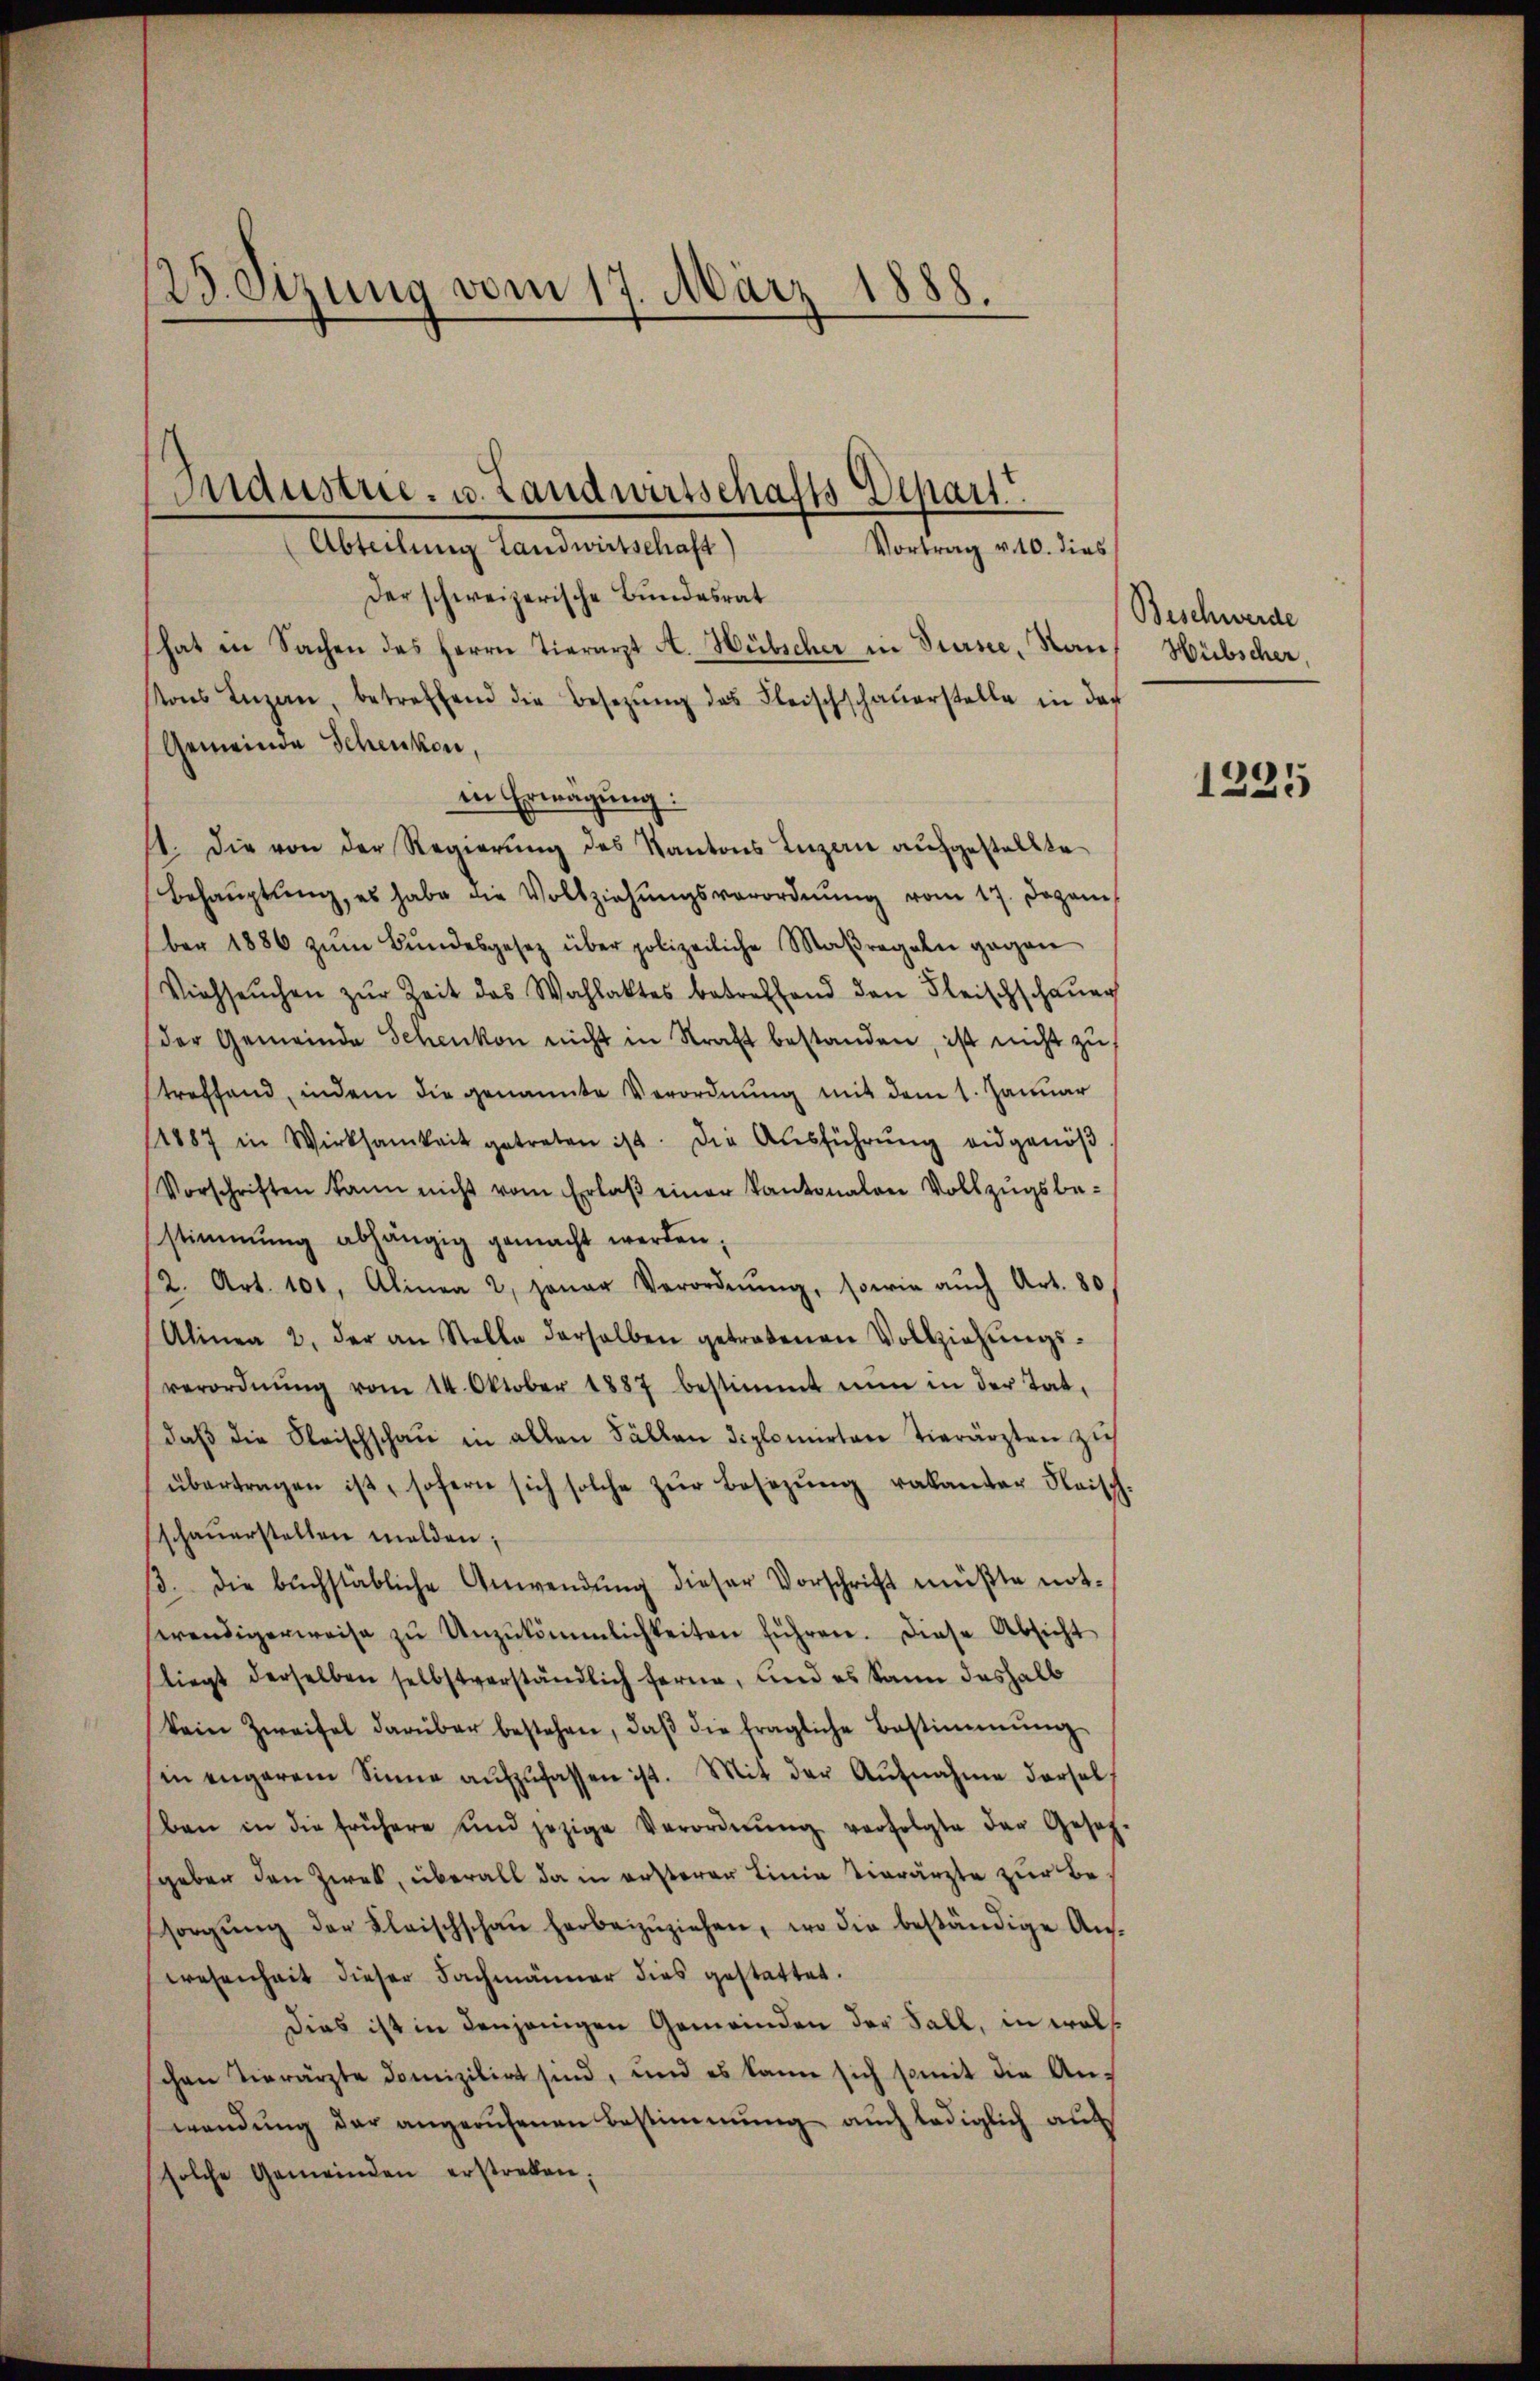
23. Sizung vom 17. März 1888.

Industrie- u. Landwirtschafts Depart
Abteilung Landwirtschaft)
Vortrag v. 10. dies

Der schweizerische Bundesrat
hat in Sachen des Herrn Tierarzt A. Hübscher in Sursee, Kauf Hübscher
ons Luzan, betreffend die Besetzŭng des Fleischschaŭerstelle in das
Gemeinde Schenken,
in Erwägung:
1. Die von der Regierung des Kantons Luzern aufgestellte
Behaŭptŭng, es habe die Vollziehŭngsverordnŭng vom 17. Dezem
ber 1886 zŭm Bŭndesgesetz über polizeiliche Maßregeln gegen
Viehseuchen zŭr Zeit des Wahlaktes betreffend den Fleischschauer
(der Gemeinde Schenkon nicht in Straft bestanden, ist nicht zu
treffend, indem die genannte Verordnung mit dem 1. Januar
/1887 in Wirksamkeit getreten ist. Die Ausführung eidgenöß
Vorschriften kann nicht vom Erlaβ einer Kantonalen Vollzŭgsbe-
stimmung abhängig gemacht werden;
12. Art. 100. Alinea 2 jener Verordnŭng, sowie auch Art. 80
Alinea 2. der an Stelle derselben getretenen Vollziehŭngs-
verordnŭng vom 14. Oktober 1887 bestimmt nŭn in der Tat-
daβ die Fleischschaŭ in allen Fällen diplomirten Tierärzten zieh
übertragen ist, sofern sich solche zŭr Besitzŭng vakantor Reisch-
schaŭerstellen malden;
β. die buchstäbliche Anwendŭng dieser Vorschrift müßte not-
serendigerweise zŭ Unzukömmlichkeiten führen. Diese Absicht
liegt derselben selbstverständlich ferne, und es kann deshalb
kein Zweifel darüber bestehen, daβ die fragliche Bestimmung
in engerem Sinne aŭfzŭfassen ist. Mit der Aŭfnahme derselben in die frühere und jezige Verordnŭng verfolgte der Gesetz
geben den Zwek, überall da in ersterer Linia Vierärzte zur Besorgŭng der Klaischschaŭ herbeizŭziehen, wo die beständige An-
wesenheit dieser Fachmänner dies gestattet.
dies ist in denjenigen Gemeinden der Fall, in wolschen Vierärzte domizilirt sind, und es kann sich somit die An-
wendung der angerufenen Bestimmung auch lediglich auch
solche Gemeinden erstreben;

Beschwerde

1225